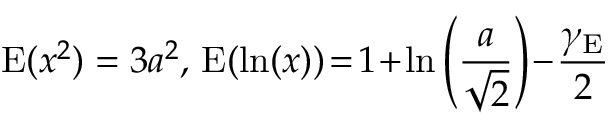
\operatorname { E } ( x ^ { 2 } ) = 3 a ^ { 2 } , \, \operatorname { E } ( \ln ( x ) ) \! = \! 1 \! + \! \ln \left( { \frac { a } { \sqrt { 2 } } } \right) \! - \! { \frac { \gamma _ { \mathrm { E } } } { 2 } }